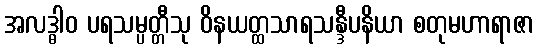
အလဒ္ဓါဝ ပရသမ္ပတ္တီသု ဝိနယတ္ထသာရသန္ဒီပနိယာ စတုမဟာရာဇာ